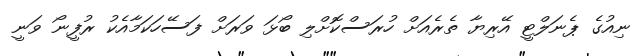
ނިއުގެ ޕެނަލްޓީ އޭރިޔާ ތެރެއަށް ހުރަސްކޮށްލި ބޯޅަ ވަރަށް ފަސޭހަކަމާއެކު ރުފީނޯ ވަނީ